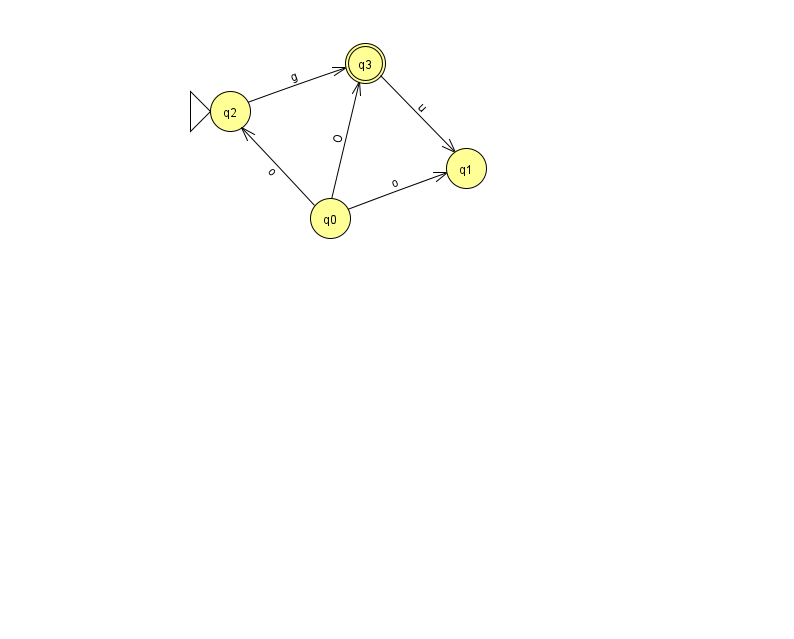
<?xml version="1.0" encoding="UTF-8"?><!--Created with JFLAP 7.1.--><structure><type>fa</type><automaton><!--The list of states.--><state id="0" name="q0"><x>330.0</x><y>205.0</y></state><state id="1" name="q1"><x>466.0</x><y>155.0</y></state><state id="2" name="q2"><x>230.0</x><y>98.0</y><initial/></state><state id="3" name="q3"><x>365.0</x><y>50.0</y><final/></state><!--The list of transitions.--><transition><from>3</from><to>1</to><read>u</read></transition><transition><from>2</from><to>3</to><read>g</read></transition><transition><from>0</from><to>2</to><read>o</read></transition><transition><from>0</from><to>3</to><read>O</read></transition><transition><from>0</from><to>1</to><read>o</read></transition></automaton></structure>